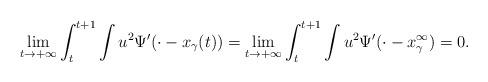
LaTeX: \begin{align*}\lim_{t\to+\infty}\int_{t}^{t+1}\int u^2\Psi'(\cdot-x_\gamma(t))=\lim_{t\to+\infty}\int_t^{t+1}\int u^2\Psi'(\cdot-x_\gamma^\infty)=0.\end{align*}